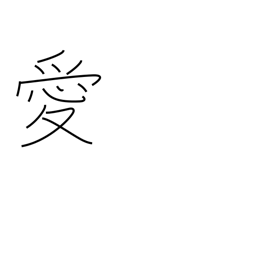
Meaning: affection